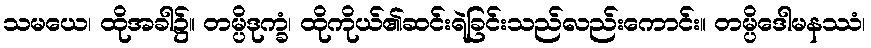
သမယေ၊ ထိုအခါ၌။ တမ္ပိဒုက္ခံ၊ ထိုကိုယ်၏ဆင်းရဲခြင်းသည်လည်းကောင်း။ တမ္ပိဒေါမနဿံ၊